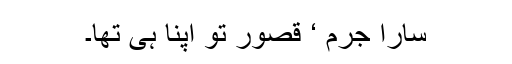
سارا جرم ‘ قصور تو اپنا ہی تھا۔